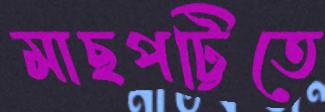
মাছপট্টিতে